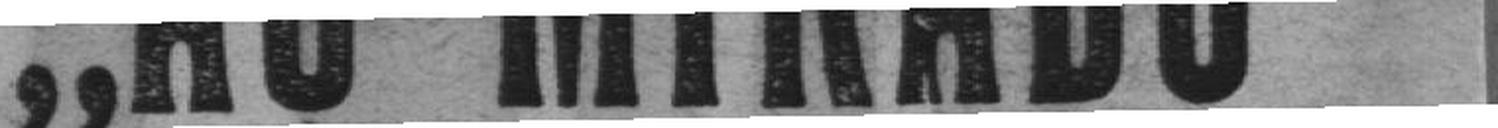
„AU MIKADO’S“